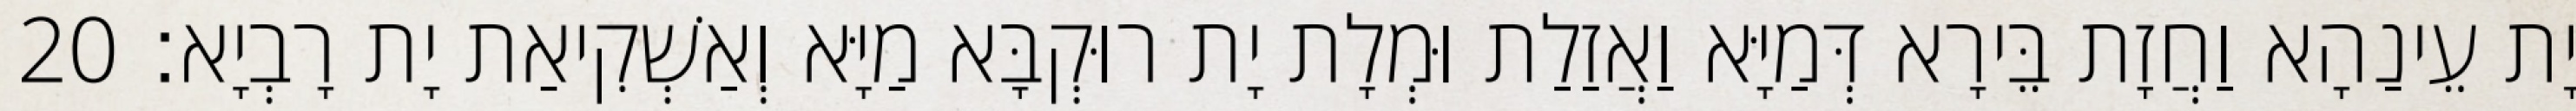
יָת עֵינַהָא וַחֲזָת בֵּירָא דְּמַיָּא וַאֲזַלַת וּמְלָת יָת רוּקְבָּא מַיָּא וְאַשְׁקִיאַת יָת רָבְיָא׃ 20